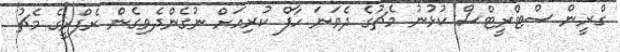
ގްރީން ސްޓްރީޓްސް ކުޅުނު މެޗުގެ ދެވަނަ ހާފް ކުރިއަށް ނުގެންދެވިގެން ރެފްރީގެ މެޗު